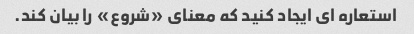
استعاره ای ایجاد کنید که معنای «شروع» را بیان کند.